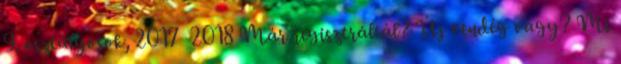
9. osztályosok, 2017 2018 Már regisztráltál? Új vendég vagy? Mi